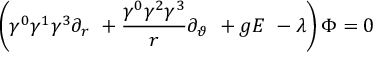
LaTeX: \left( \gamma ^ { 0 } \gamma ^ { 1 } \gamma ^ { 3 } \partial _ { r } \ + \frac { \gamma ^ { 0 } \gamma ^ { 2 } \gamma ^ { 3 } } r \partial _ { \vartheta } \ + g E \ - \lambda \right) \Phi = 0